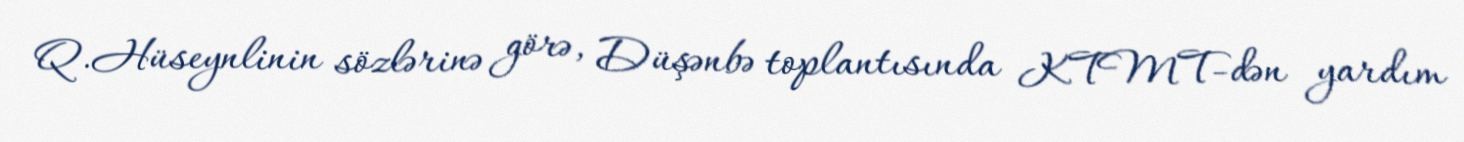
Q.Hüseynlinin sözlərinə görə, Düşənbə toplantısında KTMT-dən yardım